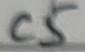
Text: C5